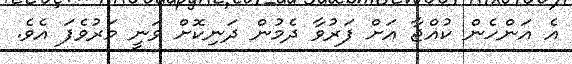
އެ އަންހެން ކުއްޖާ އަށް ފަރުވާ ދެމުން ދަނިކޮށް ވަނީ މަރުވެފަ އެވެ.